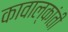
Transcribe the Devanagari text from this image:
कावाल्कांती